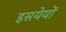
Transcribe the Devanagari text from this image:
इसयेयों